Annual administration and progress report of the Indian Medical Department, Bombay
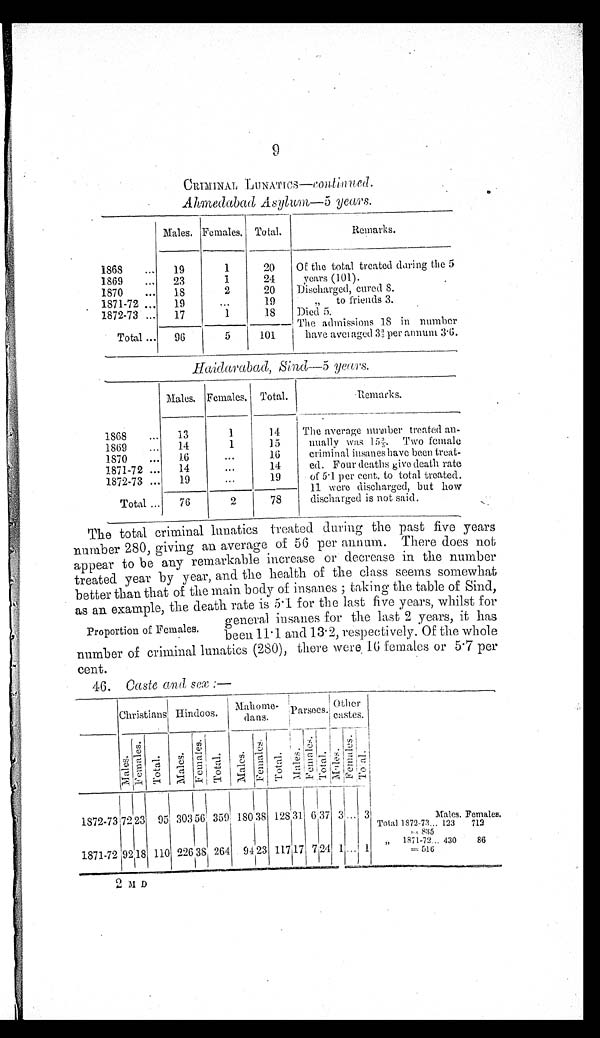
9
CRIMINAL LUNATICS—c o n t i n u e d .
Ahmedabad Asylum— 5 years.
Males. Females. Total.
Remarks.
1868
19
1
20 Of the total treated during the 5
years (101).
Discharged, cured 8.
” to friends 3.
Died 5.
The admissions 18 i n n u m b e r
have averaged 3 3/5 per annum 3.6.
1869
23
1
24
1870
18
2
20
1871-72
19
. . .
1 9
1872-73
17
1
18
Total
96
5
101
H a i d a r a b a d , S i n d — 5 y e a r s
.
Males. Females. Total.
Remarks.
1 8 6 8 13
1
14
The average number treated an-
nually was 15 3/5. Two female
criminal insanes have been treat-
ed. Four deaths give death rate
of 5 . 1 per cent. to total treated.
11 were discharged, but how
discharged is not said.
1869
14
1
15
1870
1 6
...
16
1871-72
1 4
...
14
1872-73
19
. . .
19
Total
76
2
—
78
The total criminal lunatics treated during the past five years
number 280, giving an average of 56 per annum. There does not
appear to be any remarkable increase or decrease in the number
treated year by year, and the health of the class seems somewhat
better than that of the main body of insanes; taking the table of Sind,
as an example, the death rate is 5 . 1 for the last five years, whilst for
general insanes for the last 2 years, it has
Proportion of Females.
been 11 . 1 and 13 . 2, respectively. Of the whole
number of criminal lunatics (280), there were 16 females or 5 . 7 per
cent.
46. Caste and sex:—
Christians. Hindoos.
Mahome dans. Parsees.
O t h e r c a s t e s .
Males. Females.
To t a l .
M a l e s . Femal es. Total.
Ma l e s . Femal es . T o t a l .
Males.
Femal es. Tot al .
Males.
Femal es. Total.
1872-73 72 23 95 303 56 359 180 38 128
31
6 37
3 ... 3 Total. 1872-73...
=835
Males.
123
Females
712
1871-72 92 18 110 226 3
8 264 94 23 117 17 7 24 1 ...
1 „ 1871-72... = 5 1 6 430 86
2 M D